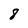
Character: 8